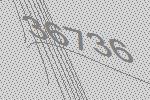
36736